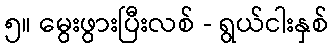
၅။ မွေးဖွားပြီးလစ် - ရွယ်ငါးနှစ်